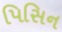
પિસિન